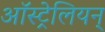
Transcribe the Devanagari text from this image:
ऑस्ट्रेलियन्